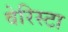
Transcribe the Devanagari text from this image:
वेरिस्टा